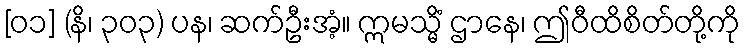
[၀၁] (နိ၊ ၃၀၃) ပန၊ ဆက်ဦးအံ့။ ဣမသ္မိံ ဌာနေ၊ ဤဝီထိစိတ်တို့ကို